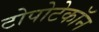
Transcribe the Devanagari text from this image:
टोपोटेकॉन